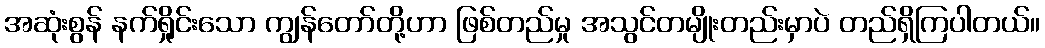
အဆုံးစွန် နက်ရှိုင်းသော ကျွန်တော်တို့ဟာ ဖြစ်တည်မှု အသွင်တမျိုးတည်းမှာပဲ တည်ရှိကြပါတယ်။